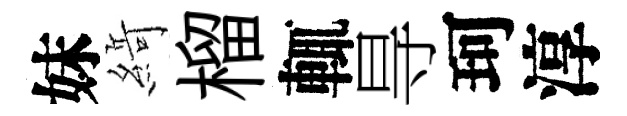
妹𦂶榴輒㝵珂淳